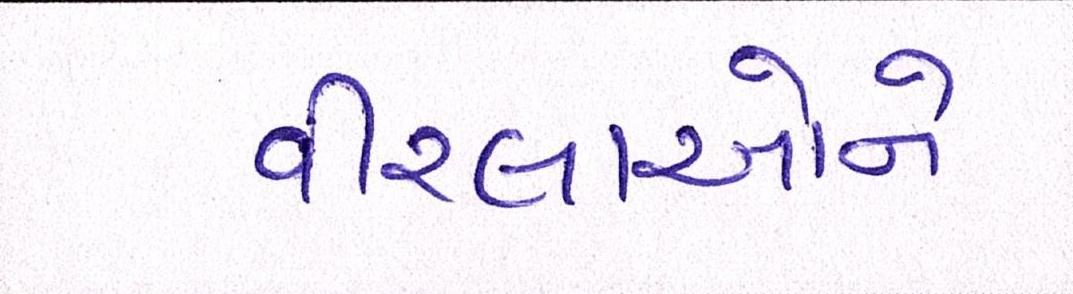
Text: વીરલાઓને